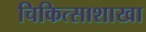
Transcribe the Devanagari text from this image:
चिकित्साशाखा